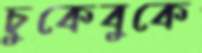
চুকেবুকে